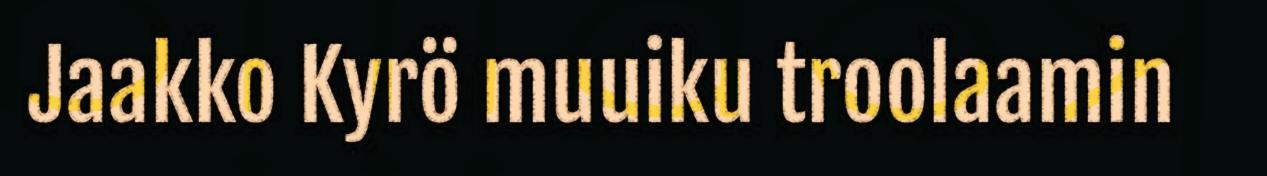
Jaakko Kyrö muuiku troolaamin